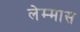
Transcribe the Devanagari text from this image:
लेम्मास